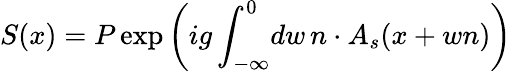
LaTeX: S(x)=P\exp\left(ig\int_{-\infty}^{0}\! dw\, n\cdot A_{s}(x+wn)\right)